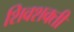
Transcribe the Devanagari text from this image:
शिवशक्ती